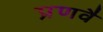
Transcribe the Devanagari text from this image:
प्रणवै